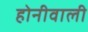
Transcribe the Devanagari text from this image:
होनीवाली